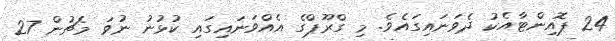
24 ޕޮއިންޓާއެކު ދެވަނައިގައެވެ. މި ގްރޫޕްގެ އެއްވަނައިގައި ކުޅުނު ނުވަ މެޗުން 27